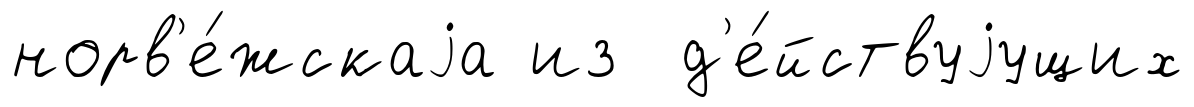
норв'е́жскаjа из д'е́йствуjущих